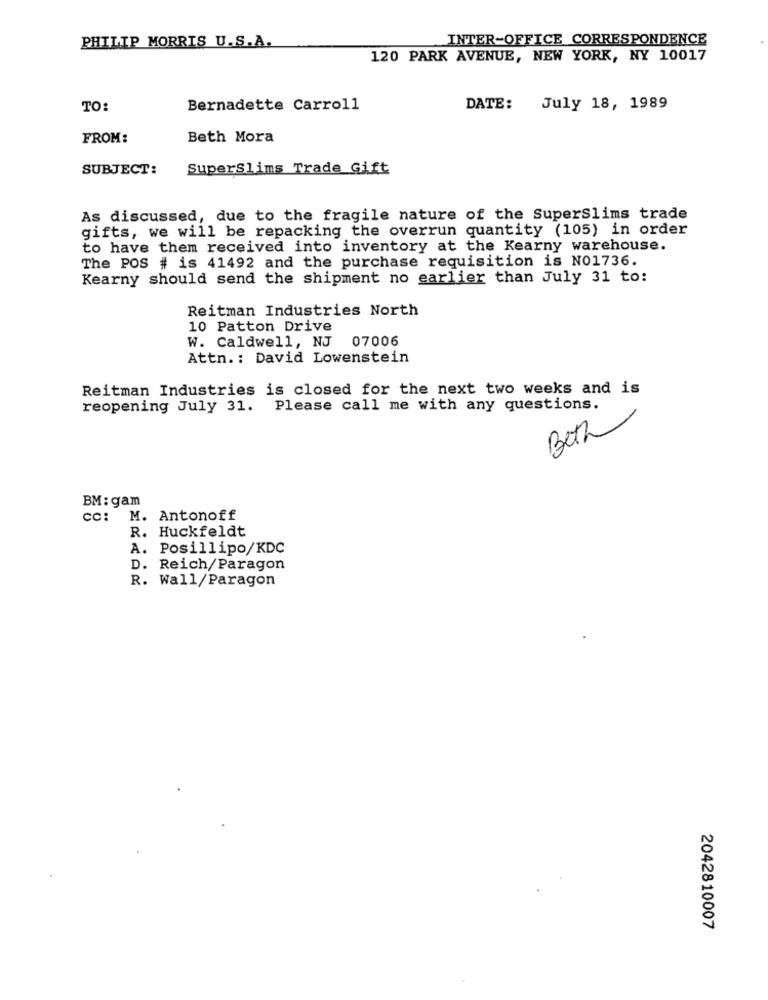
PHILIP MORRIS U.S.A.
INTER-OFFICE CORRESPONDENCE
120 PARK AVENUE, NEW YORK, NY 10017
TO:
Bernadette Carroll
DATE: July 18, 1989
FROM:
Beth Mora
SUBJECT:
SuperSlims Trade Gift
As discussed, due to the fragile nature of the Superslims trade
gifts, we will be repacking the overrun quantity (105) in order
to have them received into inventory at the Kearny warehouse.
The POS # is 41492 and the purchase requisition is NO1736.
Kearny should send the shipment no earlier than July 31 to:
Reitman Industries North
10 Patton Drive
W. Caldwell, NJ 07006
Attn .: David Lowenstein
Reitman Industries is closed for the next two weeks and is
reopening July 31. Please call me with any questions.
Beth
BM: gam
cc: M. Antonoff
R. Huckfeldt
A. Posillipo/KDC
D. Reich/Paragon
R. Wall/Paragon
2042810007